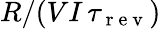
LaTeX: R/(VI\, \tau_{\mathrm{~r~e~v~}})